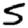
Digit: 5